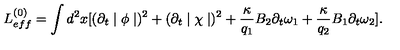
L _ { e f f } ^ { ( 0 ) } = \int d ^ { 2 } x [ ( \partial _ { t } \mid \phi \mid ) ^ { 2 } + ( \partial _ { t } \mid \chi \mid ) ^ { 2 } + \frac { \kappa } { q _ { 1 } } B _ { 2 } \partial _ { t } \omega _ { 1 } + \frac { \kappa } { q _ { 2 } } B _ { 1 } \partial _ { t } \omega _ { 2 } ] .